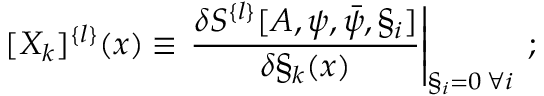
[ X _ { k } ] ^ { \{ l \} } ( x ) \equiv \left. \frac { \delta S ^ { \{ l \} } [ A , \psi , \bar { \psi } , \S _ { i } ] } { \delta \S _ { k } ( x ) } \right| _ { \S _ { i } = 0 \: \forall i } \: ;